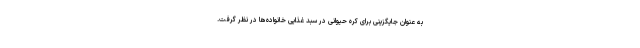
به عنوان جایگزینی برای کره حیوانی در سبد غذایی خانواده‌ها در نظر گرفت.